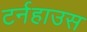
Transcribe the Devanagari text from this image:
टर्नहाउस